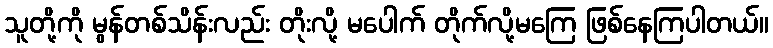
သူတို့ကို မွန်တစ်သိန်းလည်း တိုးလို့ မပေါက် တိုက်လို့မကြေ ဖြစ်နေကြပါတယ်။